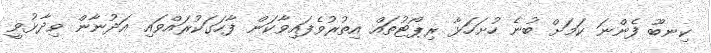
ކިނބޫ ފެންނަ ކަމަށް ބުނެ ހުށަހަޅާ ރިޕޯޓުތައް އިތުރުވެފައިވާކަން ފާހަގަކުރައްވައި އަދުނާން ވިދާޅުވީ